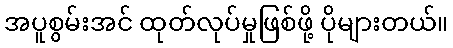
အပူစွမ်းအင် ထုတ်လုပ်မှုဖြစ်ဖို့ ပိုများတယ်။